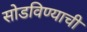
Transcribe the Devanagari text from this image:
सोडविण्याची